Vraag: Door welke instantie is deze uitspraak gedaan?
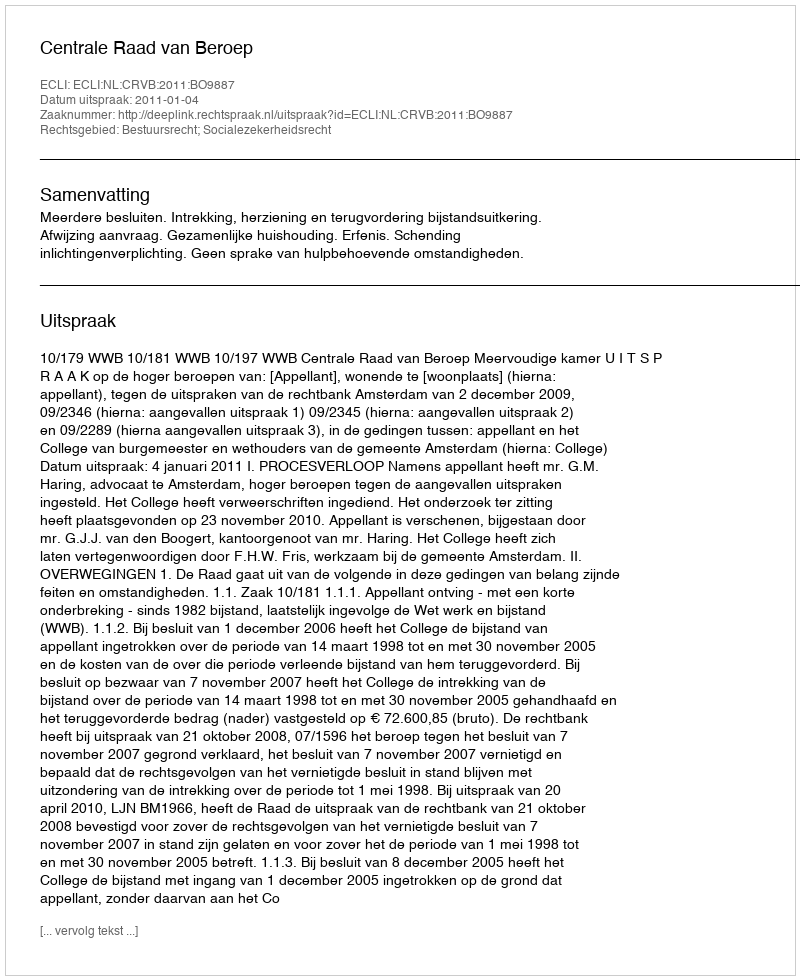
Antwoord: Centrale Raad van Beroep